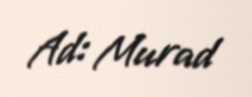
Ad: Murad